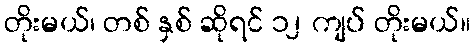
တိုးမယ်၊ တစ် နှစ် ဆိုရင် ၁၂ ကျပ် တိုးမယ်။